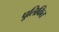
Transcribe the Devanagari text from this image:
पूलिकित